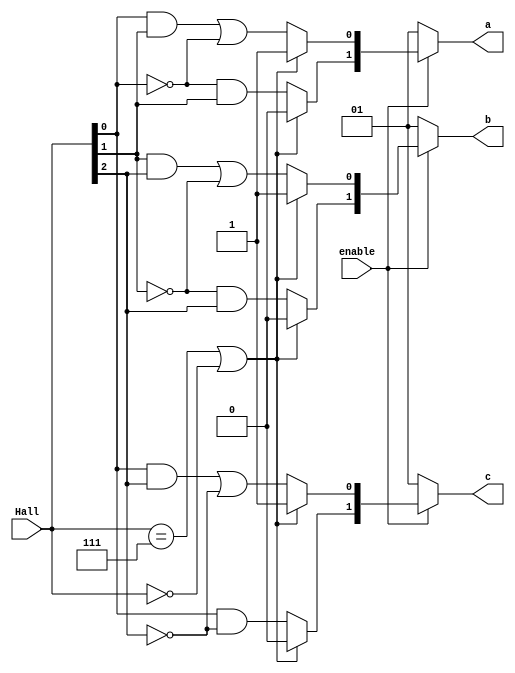
`timescale 1ns / 1ps
//////////////////////////////////////////////////////////////////////////////////
// Company: 
// Engineer: 
// 
// Design Name: 
// Module Name:    dribbler 
// Project Name: 
// Target Devices: 
// Tool versions: 
// Description: 
//
// Dependencies: 
//
// Revision: 
// Revision 0.01 - File Created
// Additional Comments: 
//
//////////////////////////////////////////////////////////////////////////////////
module dribbler(enable ,Hall, a ,b ,c );
input [2:0]Hall;
input enable;
reg dir = 1;
output [1:0]a;
output [1:0]b;
output [1:0]c;
reg [1:0]k;
reg [1:0]l;
reg [1:0]m;


wire H1 = Hall[0];
wire H2 = Hall[1];
wire H3 = Hall[2];

always@(Hall or enable) 
begin
if(enable) 
	begin
		if(Hall==7||Hall==0)
		begin
			k=2'b01;
			l=2'b01;
			m=2'b01;
		end
		else 
			begin
			k[0]=((~dir&~H2)|(H1&H2)|(dir&~H1));
			k[1]=((~dir&H1&~H2)|(dir&~H1&H2));
			l[0]=((~dir&~H3)|(H2&H3)|(dir&~H2));
			l[1]=((~dir&H2&~H3)|(dir&~H2&H3));
			m[0]=((~dir&~H1)|(H1&H3)|(dir&~H3));
			m[1]=((~dir&~H1&H3)|(dir&H1&~H3));
		end
	end
else 
	begin
		k=2'b01;
		l=2'b01;
		m=2'b01;
	end
end

assign a=k;
assign b=l;
assign c=m;



endmodule